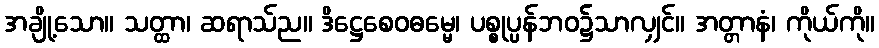
အချို့သော။ သတ္ထာ၊ ဆရာသ်ည။ ဒိဋ္ဌေစေဝဓမ္မေ၊ ပစ္စုပ္ပန်ဘဝ၌သာလျှင်။ အတ္တာနံ၊ ကိုယ်ကို။